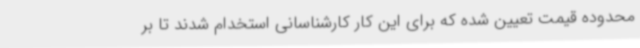
محدوده قیمت تعیین شده که برای این کار کارشناسانی استخدام شدند تا بر